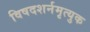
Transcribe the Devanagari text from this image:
विषदशर्नमृत्युक